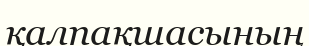
қалпақшасының